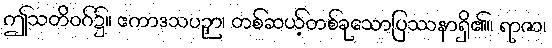
ဤသတိဝဂ်၌။ ဧကာဒသပဉှာ၊ တစ်ဆယ့်တစ်ခုသောပြဿနာရှိ၏။ ရာဇာ၊